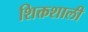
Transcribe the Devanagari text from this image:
शिक्तशाली